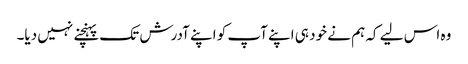
وہ اس لیے کہ ہم نے خود ہی اپنے آپ کو اپنے آدرش تک پہنچنے نہیں دیا۔